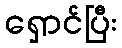
ရှောင်ပြီး